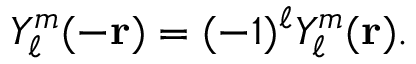
Y _ { \ell } ^ { m } ( - \mathbf { r } ) = ( - 1 ) ^ { \ell } Y _ { \ell } ^ { m } ( \mathbf { r } ) .